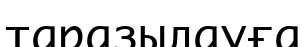
таразылауға